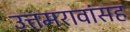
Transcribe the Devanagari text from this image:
उत्तमरावांसह